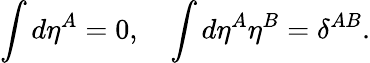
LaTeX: \int d\eta^{A}=0,\quad\int d\eta^{A}\eta^{B}=\delta^{AB}.